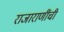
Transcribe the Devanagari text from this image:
राजाराणींची